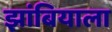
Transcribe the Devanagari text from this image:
झांबियाला